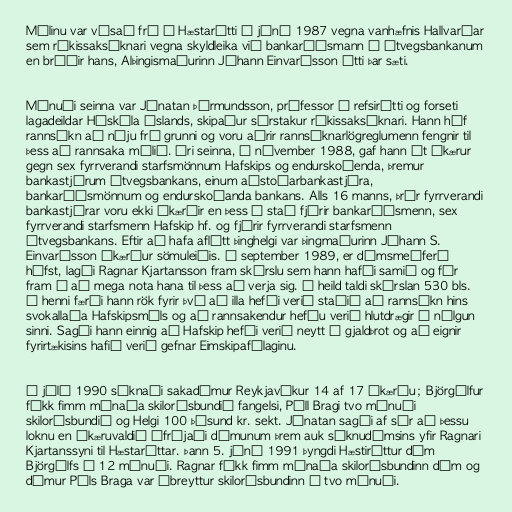
Málinu var vísað frá í Hæstarétti í júní 1987 vegna vanhæfnis Hallvarðar
sem ríkissaksóknari vegna skyldleika við bankaráðsmann í Útvegsbankanum
en bróðir hans, Alþingismaðurinn Jóhann Einvarðsson átti þar sæti.

Mánuði seinna var Jónatan Þórmundsson, prófessor í refsirétti og forseti
lagadeildar Háskóla Íslands, skipaður sérstakur ríkissaksóknari. Hann hóf
rannsókn að nýju frá grunni og voru aðrir rannsóknarlögreglumenn fengnir til
þess að rannsaka málið. Ári seinna, í nóvember 1988, gaf hann út ákærur
gegn sex fyrrverandi starfsmönnum Hafskips og endurskoðenda, þremur
bankastjórum Útvegsbankans, einum aðstoðarbankastjóra,
bankaráðsmönnum og endurskoðanda bankans. Alls 16 manns, þrír fyrrverandi
bankastjórar voru ekki ákærðir en þess í stað fjórir bankaráðsmenn, sex
fyrrverandi starfsmenn Hafskip hf. og fjórir fyrrverandi starfsmenn
Útvegsbankans. Eftir að hafa aflétt þinghelgi var þingmaðurinn Jóhann S.
Einvarðsson ákærður sömuleiðis. Í september 1989, er dómsmeðferð
hófst, lagði Ragnar Kjartansson fram skýrslu sem hann hafði samið og fór
fram á að mega nota hana til þess að verja sig. Í heild taldi skýrslan 530 bls.
Í henni færði hann rök fyrir því að illa hefði verið staðið að rannsókn hins
svokallaða Hafskipsmáls og að rannsakendur hefðu verið hlutdrægir í nálgun
sinni. Sagði hann einnig að Hafskip hefði verið neytt í gjaldþrot og að eignir
fyrirtækisins hafið verið gefnar Eimskipafélaginu.

Í júlí 1990 sýknaði sakadómur Reykjavíkur 14 af 17 ákærðu; Björgólfur
fékk fimm mánaða skilorðsbundið fangelsi, Páll Bragi tvo mánuði
skilorðsbundið og Helgi 100 þúsund kr. sekt. Jónatan sagði af sér að þessu
loknu en ákæruvaldið áfrýjaði dómunum þrem auk sýknudómsins yfir Ragnari
Kjartanssyni til Hæstaréttar. Þann 5. júní 1991 þyngdi Hæstiréttur dóm
Björgólfs í 12 mánuði. Ragnar fékk fimm mánaða skilorðsbundinn dóm og
dómur Páls Braga var óbreyttur skilorðsbundinn í tvo mánuði.